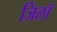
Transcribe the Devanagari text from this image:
जिलॉ